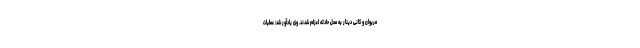
مریوان و کانی دینار به محل حادثه اعزام شدند. وی یادآور شد: عملیات